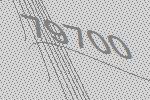
79700